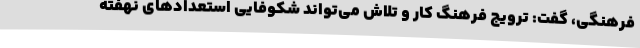
فرهنگی، گفت: ترویج فرهنگ کار و تلاش می‌تواند شکوفایی استعدادهای نهفته